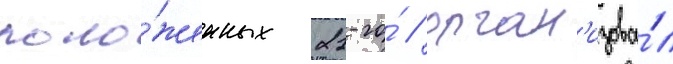
поло́женных 21-го́ / орган'изова́л